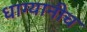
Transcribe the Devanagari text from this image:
धाग्यानीच